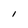
Character: 1